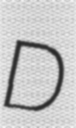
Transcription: D